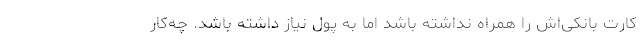
کارت‌ بانکی‌اش را همراه نداشته باشد اما به پول نیاز داشته باشد. چه‌کار